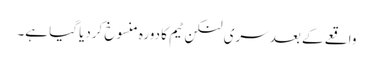
واقعے کے بعد سری لنکن ٹیم کا دورہ منسوخ کردیا گیا ہے۔